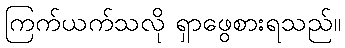
ကြက်ယက်သလို ရှာဖွေစားရသည်။